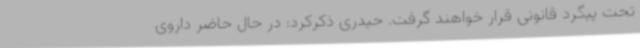
تحت پیگرد قانونی قرار خواهند گرفت. حیدری ذکرکرد: در حال حاضر داروی